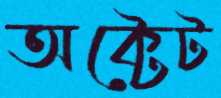
অক্টেট